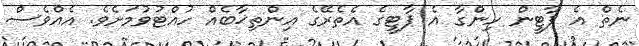
ނެތް އެ ޕާޓީން ހިންގާ އެ ޕާޓީގެ އެތެރޭގެ އިންތިޚާބެއް ހުއްޓުވުމަށެވެ. އެއްވެސް